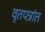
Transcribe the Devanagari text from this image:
वृतपत्रांत